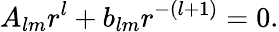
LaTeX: A_{lm}r^{l}+b_{lm}r^{-(l+1)}=0.